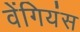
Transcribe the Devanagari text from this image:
वेंगियंस